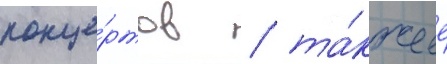
конце́ртов / та́кже ее